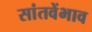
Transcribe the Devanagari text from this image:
सांतवेंभाव